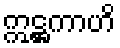
ဣဋ္ဌကာဟိ